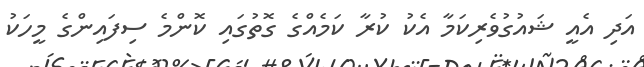
އަދި އެއީ ޝައުގުވެރިކަމާ އެކު ކުރާ ކަމެއްގެ ގޮތުގައި ކޮންމެ ސިފައިންގެ މީހަކު